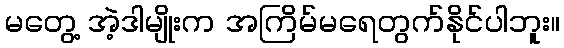
မတွေ့ အဲ့ဒါမျိုးက အကြိမ်မရေတွက်နိုင်ပါဘူး။